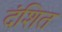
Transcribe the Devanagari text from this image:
दंशित